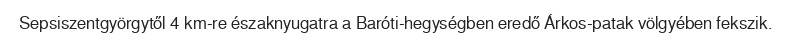
Sepsiszentgyörgytől 4 km-re északnyugatra a Baróti-hegységben eredő Árkos-patak völgyében fekszik.